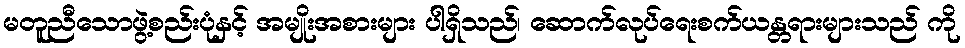
မတူညီသောဖွဲ့စည်းပုံနှင့် အမျိုးအစားများ ပါရှိသည်၊ ဆောက်လုပ်ရေးစက်ယန္တရားများသည် ကို